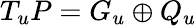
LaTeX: T_{u}P=G_{u}\oplus Q_{u}